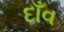
દાઁવ